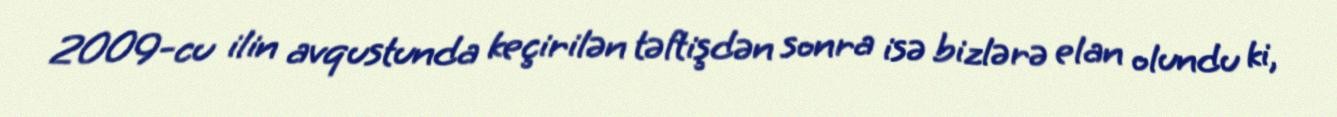
2009-cu ilin avqustunda keçirilən təftişdən sonra isə bizlərə elan olundu ki,